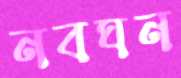
নবঘন